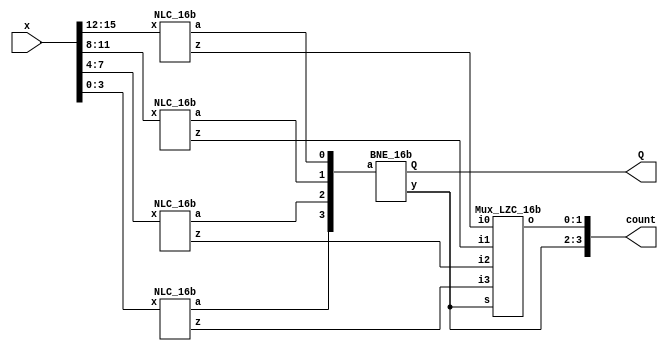

module LeadingZeroCounter_16b(
    input  wire [15:0] x,
    output wire [3:0] count,
    output wire Q
    );

wire [3:0] auxa;
wire [7:0] auxz;
wire [1:0] auxcount;

genvar k;
generate
  for (k=0; k < 4; k=k+1)
  begin: NLC_generation
     NLC_16b NLC (.x(x[15-4*k : 12-4*k]),
              .a(auxa[k]),
              .z(auxz[2*k+1 : 2*k])
              );
  end
endgenerate

BNE_16b BNEncoder (.a(auxa), 
               .Q(Q),
               .y(auxcount[1 : 0]));

assign count[3 : 2] = auxcount;

Mux_LZC_16b Mux (.i0(auxz[1:0]), 
             .i1(auxz[3:2]), 
             .i2(auxz[5:4]), 
             .i3(auxz[7:6]), 
             .s(auxcount),
             .o(count[1 : 0])
             );

endmodule


module BNE_16b(
    input  wire [3:0] a,    
    output  wire  Q,    
    output  wire [1:0] y    
    );


 assign Q = a[0] & a[1] & a[2] & a[3];
 assign y[1] = a[0] & a[1];
 assign y[0] = a[0] & (!a[1] | a[2] );
endmodule

module NLC_16b (
    input  wire [3:0] x,    // Dedicated inputs 
    output  wire  a,    // Dedicated inputs 
    output  wire [1:0] z    // Dedicated inputs 
    );

wire aprimo,z1,z0,aux1;
assign aprimo = x[3] | x[2] | x[1] | x[0];
assign a = ! aprimo;
assign z1 = x[3] | x[2];
assign z[1] = ! z1; 
assign z0 = aux1 | x[3];
assign aux1 = x[1] & ! (x[2]);
assign z[0] = ! z0;

endmodule 

module Mux_LZC_16b(
    input wire [1:0] i0 ,
    input wire [1:0] i1  ,
    input wire [1:0] i2  ,
    input wire [1:0] i3  ,
    input wire [1:0]  s  ,
    output reg [1:0] o  
    );

always @(*)
  case (s)
     2'b00: o = i0;
     2'b01: o = i1;
     2'b10: o = i2;
     2'b11: o = i3;

  endcase
      
endmodule